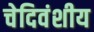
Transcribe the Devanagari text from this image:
चेदिवंशीय